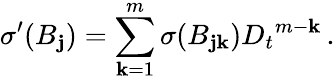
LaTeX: {\sigma}^{\prime}(B_{\mathbf{j}})=\sum_{\mathbf{k}=1}^{m}{\sigma}(B_{\mathbf{j}\mathbf{k}}){D_{t}}^{m-\mathbf{k}}\, .